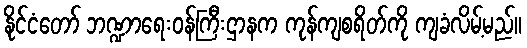
နိုင်ငံတော် ဘဏ္ဍာရေးဝန်ကြီးဌာနက ကုန်ကျစရိတ်ကို ကျခံလိမ့်မည်။